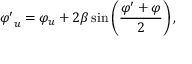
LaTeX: { \varphi ^ { \prime } } _ { u } = \varphi _ { u } + 2 \beta \sin \left( { \frac { \varphi ^ { \prime } + \varphi } { 2 } } \right) ,